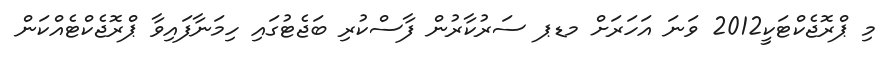
މި ޕްރޮޖެކްޓަކީ2012 ވަނަ އަހަރަށް މޑޕ ސަރުކާރުން ފާސްކުރި ބަޖެޓުގައި ހިމަނާފައިވާ ޕްރޮޖެކްޓެއްކަން